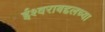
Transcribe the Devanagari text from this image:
ईश्वराबद्दलच्या